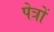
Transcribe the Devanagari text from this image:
पेत्रों